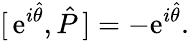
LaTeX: [\, \mathrm{e}^{i\hat{{\theta}}},\hat{{P}}\, ]=-\mathrm{e}^{i\hat{{\theta}}}.